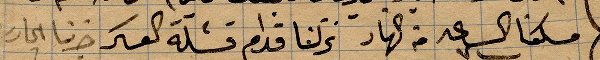
مسكنا الساعة ٧ من النهار نزلنا قدام قشلة العسكر صرنا ...